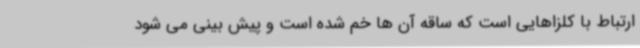
ارتباط با کلزاهایی است که ساقه آن ها خم شده است و پیش بینی می شود